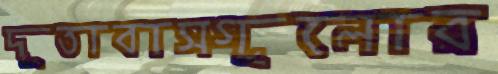
দূতাবাসগুলোর